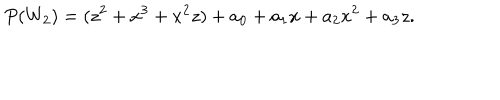
LaTeX: P ( W _ { 2 } ) = ( z ^ { 2 } + x ^ { 3 } + x ^ { 2 } z ) + a _ { 0 } + a _ { 1 } x + a _ { 2 } x ^ { 2 } + a _ { 3 } z .